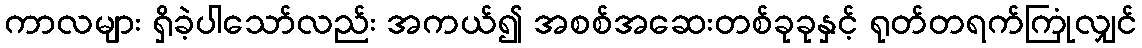
ကာလများ ရှိခဲ့ပါသော်လည်း အကယ်၍ အစစ်အဆေးတစ်ခုခုနှင့် ရုတ်တရက်ကြုံလျှင်